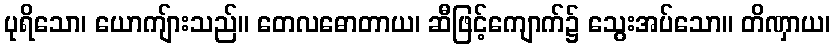
ပုရိသော၊ ယောကျ်ားသည်။ တေလဓောတာယ၊ ဆီဖြင့်ကျောက်၌ သွေးအပ်သော။ တိဏှာယ၊